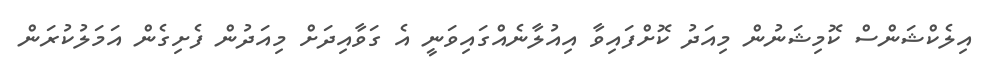
އިލެކްޝަންސް ކޮމިޝަނުން މިއަދު ކޮށްފައިވާ އިއުލާނެއްގައިވަނީ އެ ގަވާއިދަށް މިއަދުން ފެށިގެން އަމަލުކުރަން